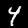
Label: 4